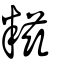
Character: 糍